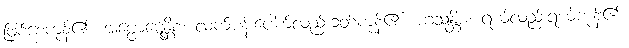
ဖြစ်စေကုန်၏။ အပ္ဖောဋေန္တိစ၊ လက်ပန်းပေါက်လည်းခတ်ကုန်၏။ ဟသန္တိစ၊ ရယ်လည်းရယ်ကုန်၏။